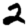
Digit: 2